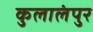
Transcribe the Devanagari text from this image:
कुलालंपुर